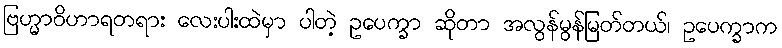
ဗြဟ္မာဝိဟာရတရား လေးပါးထဲမှာ ပါတဲ့ ဥပေက္ခာ ဆိုတာ အလွန်မွန်မြတ်တယ်၊ ဥပေက္ခာက